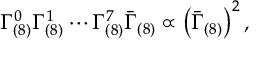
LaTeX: \Gamma _ { ( 8 ) } ^ { 0 } \Gamma _ { ( 8 ) } ^ { 1 } \cdots \Gamma _ { ( 8 ) } ^ { 7 } \bar { \Gamma } _ { ( 8 ) } \propto \left( \bar { \Gamma } _ { ( 8 ) } \right) ^ { 2 } ,